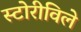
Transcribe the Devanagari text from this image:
स्टोरीविले